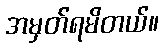
အမှတ်ရမိတယ်။